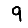
Digit: 9